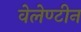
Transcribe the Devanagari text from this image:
वेलेण्टीन